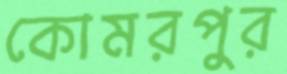
কোমরপুর